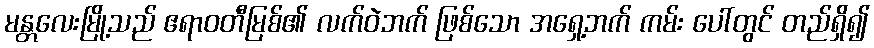
မန္တလေးမြို့သည် ဧရာဝတီမြစ်၏ လက်ဝဲဘက် ဖြစ်သော အရှေ့ဘက် ကမ်း ပေါ်တွင် တည်ရှိ၍